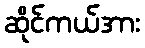
ဆိုင်ကယ်အား